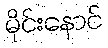
မိုင်းနောင်